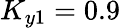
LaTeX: K_{y1}=0.9